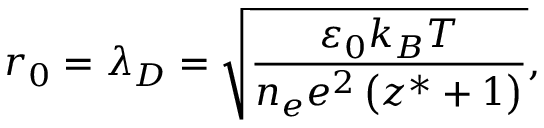
r _ { 0 } = \lambda _ { D } = \sqrt { \frac { \varepsilon _ { 0 } k _ { B } T } { n _ { e } e ^ { 2 } \left( z ^ { * } + 1 \right) } } ,